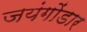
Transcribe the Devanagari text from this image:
जयंगोंडार